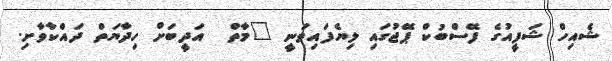
ޝެއިހް ޝަފީއުގެ ފޭސްބުކް ޕޭޖުގައި ލިޔެފައިވަނީ "މާތް  އަދީބަށް ހިދާޔަތް ދައްކާވާށި.